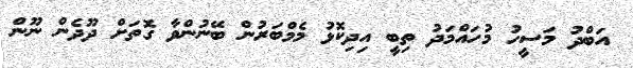
އަބްދު މަސީހު މުހައްމަދު ތިބީ އިދިކޮޅު މެމްބަރުން ބޭނުންވާ ގޮތަށް ދޫދެން ނޫން